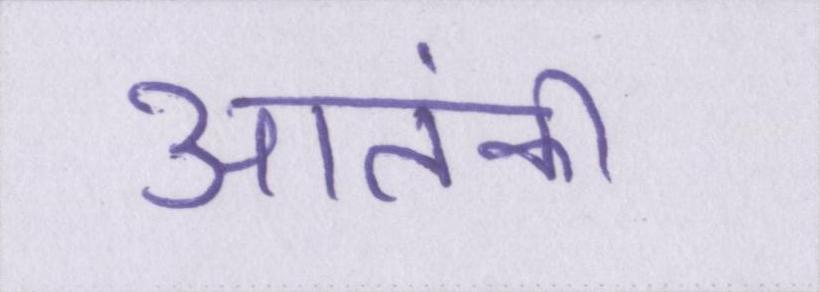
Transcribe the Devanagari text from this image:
आतंकी